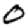
Digit: 0